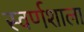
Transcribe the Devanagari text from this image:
स्वर्णशाला